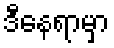
ဒီနေရာမှာ